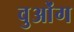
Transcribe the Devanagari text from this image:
वुओंग